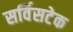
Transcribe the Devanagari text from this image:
सर्विसटेक